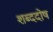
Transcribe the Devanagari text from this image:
शब्ददोष